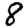
Digit: 8